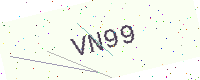
Text: VN99